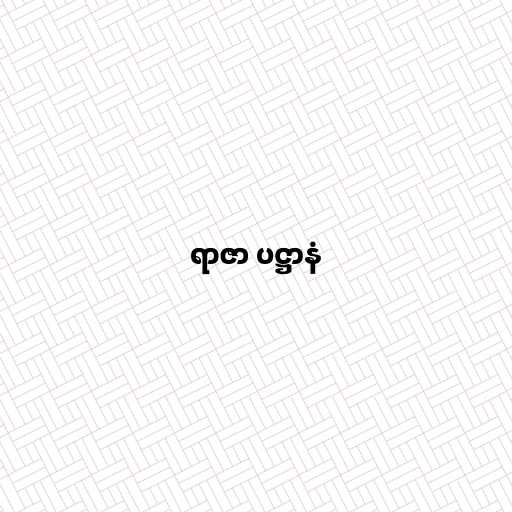
ရာဇာ ပဋ္ဌာနံ